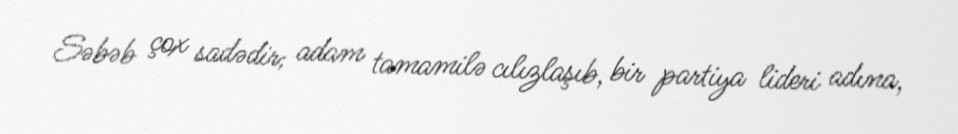
Səbəb çox sadədir; adam tamamilə cılızlaşıb, bir partiya lideri adına,